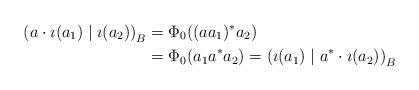
LaTeX: \begin{align*} \left( a\cdot \imath(a_1) \mid \imath(a_2) \right)_{B} &= \Phi_0((aa_1)^*a_2) \\ &= \Phi_0(a_1a^*a_2) = \left( \imath(a_1) \mid a^*\cdot\imath(a_2) \right)_{B} \end{align*}